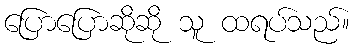
ပြောပြောဆိုဆို သူ ထရပ်သည်။